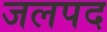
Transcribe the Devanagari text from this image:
जलपद